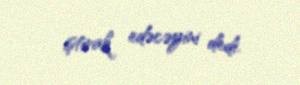
iştirak edəcəyini dedi.